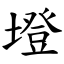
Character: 墱